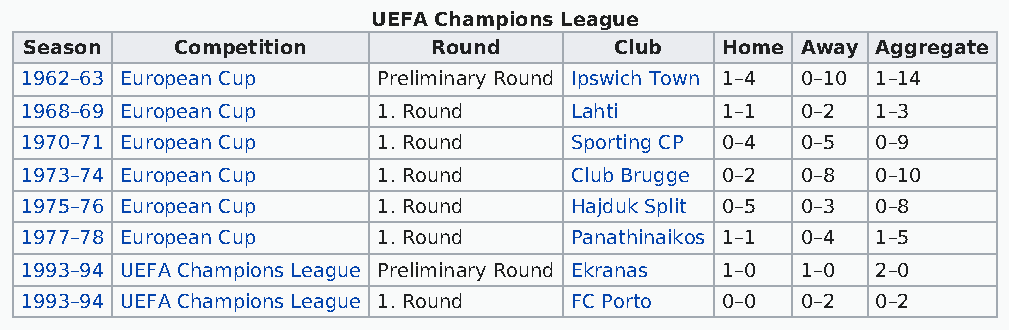
UEFA Champions League
 Season    Competition      Round       Club   Home Away Aggregate
 1962–63 European Cup    Preliminary Round Ipswich Town 1–4 0–10 1–14
 1968–69 European Cup    1. Round     Lahti     1–1  0–2  1–3
 1970–71 European Cup    1. Round     Sporting CP 0–4 0–5 0–9
 1973–74 European Cup    1. Round     Club Brugge 0–2 0–8 0–10
 1975–76 European Cup    1. Round     Hajduk Split 0–5 0–3 0–8
 1977–78 European Cup    1. Round     Panathinaikos 1–1 0–4 1–5
 1993–94 UEFA Champions League Preliminary Round Ekranas 1–0 1–0 2–0
 1993–94 UEFA Champions League 1. Round FC Porto 0–0 0–2  0–2